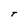
Character: T